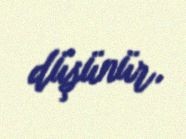
düşünür.